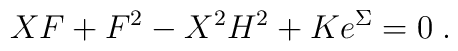
X F + F^2 - X^2 H^2 + K e^{\Sigma} = 0  \; .